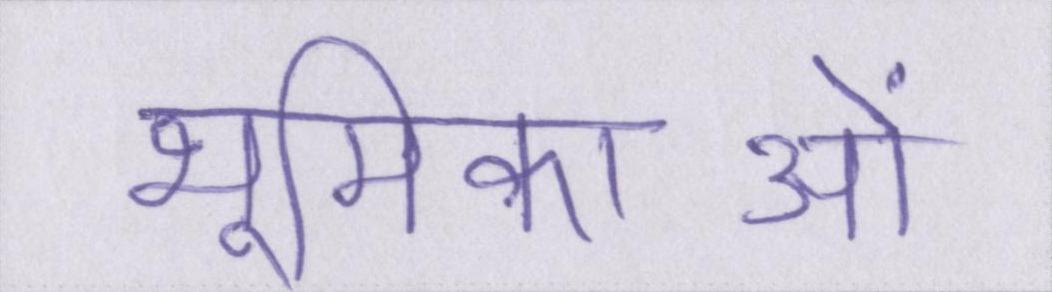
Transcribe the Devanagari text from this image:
भूमिकाओं